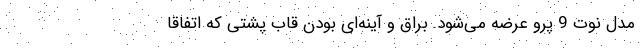
مدل نوت 9 پرو عرضه می‌شود. براق و آینه‌ای بودن قاب پشتی که اتفاقا